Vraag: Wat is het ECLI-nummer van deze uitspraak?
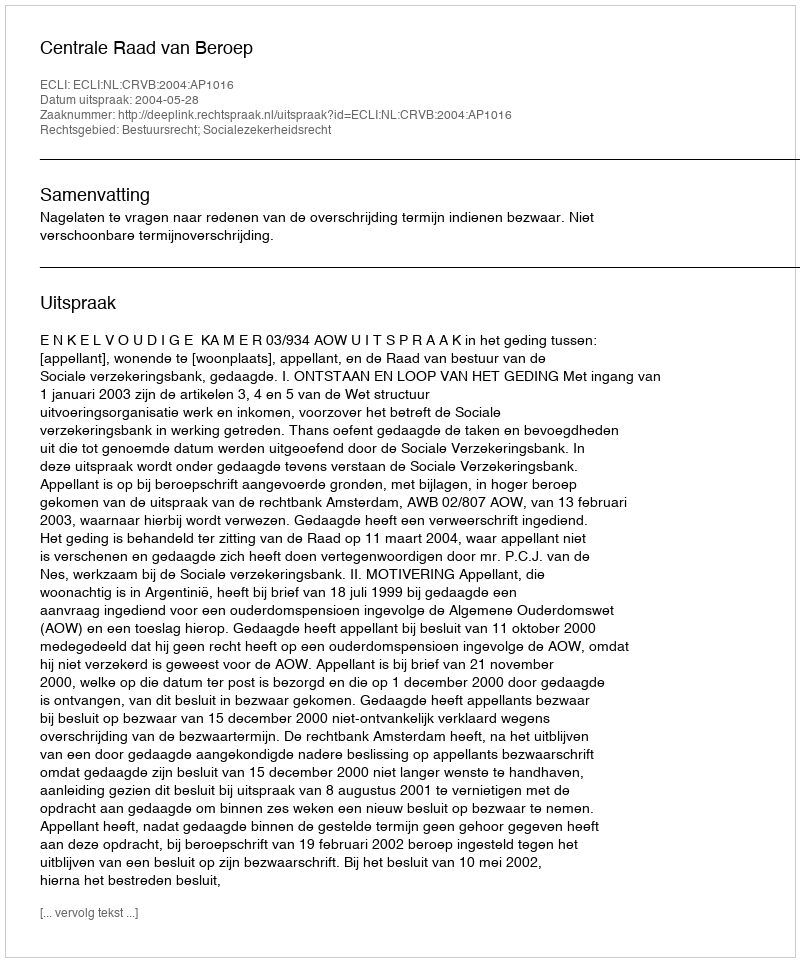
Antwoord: ECLI:NL:CRVB:2004:AP1016